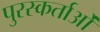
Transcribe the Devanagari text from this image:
पुरस्कर्ताओं